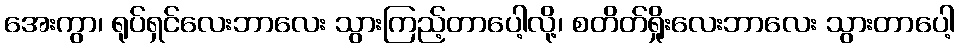
အေးကွာ၊ ရုပ်ရှင်လေးဘာလေး သွားကြည့်တာပေါ့လို့၊ စတိတ်ရှိုးလေးဘာလေး သွားတာပေါ့